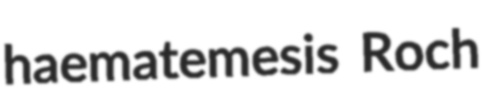
haematemesis Roch